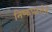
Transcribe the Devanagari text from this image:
निष्कपटतेने